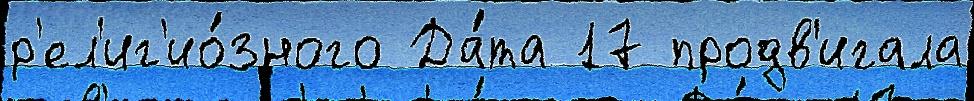
р'ел'иг'ио́зного Да́та 17 продв'игала